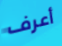
أعرف